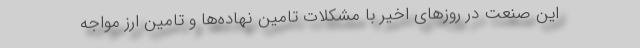
این صنعت در روز‌های اخیر با مشکلات تامین نهاده‌ها و تامین ارز مواجه